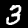
Label: 3